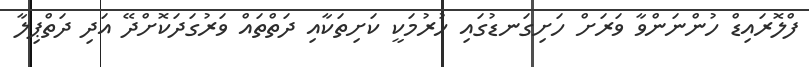
ފްލޮރައިޑް ހުންނަންވާ ވަރަށް ހަށިގަނޑުގައި ހުރުމަކީ ކަށިތަކާއި ދަތްތައް ވަރުގަދަކޮށްދޭ އަދި ދަތްޕިލާ